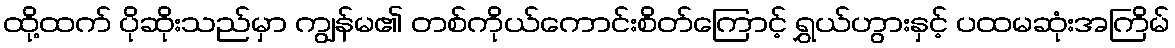
ထို့ထက် ပိုဆိုးသည်မှာ ကျွန်မ၏ တစ်ကိုယ်ကောင်းစိတ်ကြောင့် ရွှယ်ဟွားနှင့် ပထမဆုံးအကြိမ်